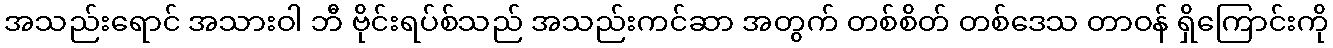
အသည်းရောင် အသားဝါ ဘီ ဗိုင်းရပ်စ်သည် အသည်းကင်ဆာ အတွက် တစ်စိတ် တစ်ဒေသ တာဝန် ရှိကြောင်းကို